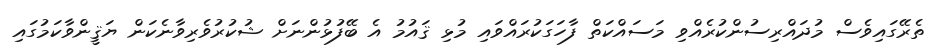
ތެރޭގައިވެސް މުދައްރިސުންކުރެއްވި މަސައްކަތް ފާހަގަކުރައްވައި މުޅި ޤައުމު އެ ބޭފުޅުންނަށް ޝުކުރުވެރިވާނެކަން ޔަޤީންވާކަމުގައި